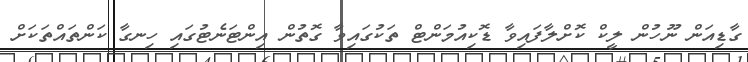
ގާޑިއަން ނޫހުން ލީކް ކޮށްލާފައިވާ ޑޮކިއުމަންޓް ތަކުގައިވާ ގޮތުން އިންޓަނެޓުގައި ހިނގާ ކަންތައްތަކަށް